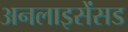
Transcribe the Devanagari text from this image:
अनलाइसेंसड